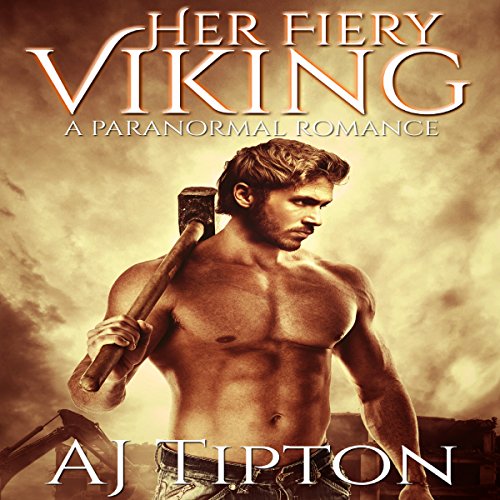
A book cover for Her Fiery Viking: A Paranormal Romance: Her Elemental Viking, Book 1; AJ Tipton; Romance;